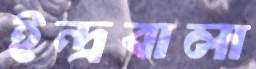
ইন্দ্রবালা